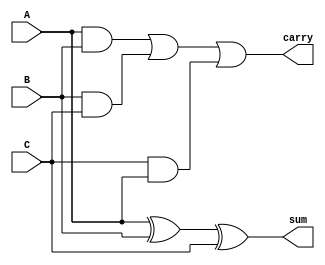
module adder3bit(A,B,C,sum,carry);
input A,B,C;
output sum;
output carry;
assign sum=A^B^C;
assign carry=(A&B)|(B&C)|(C&A);
endmodule